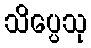
သိပ္ပေသု